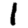
Digit: 1